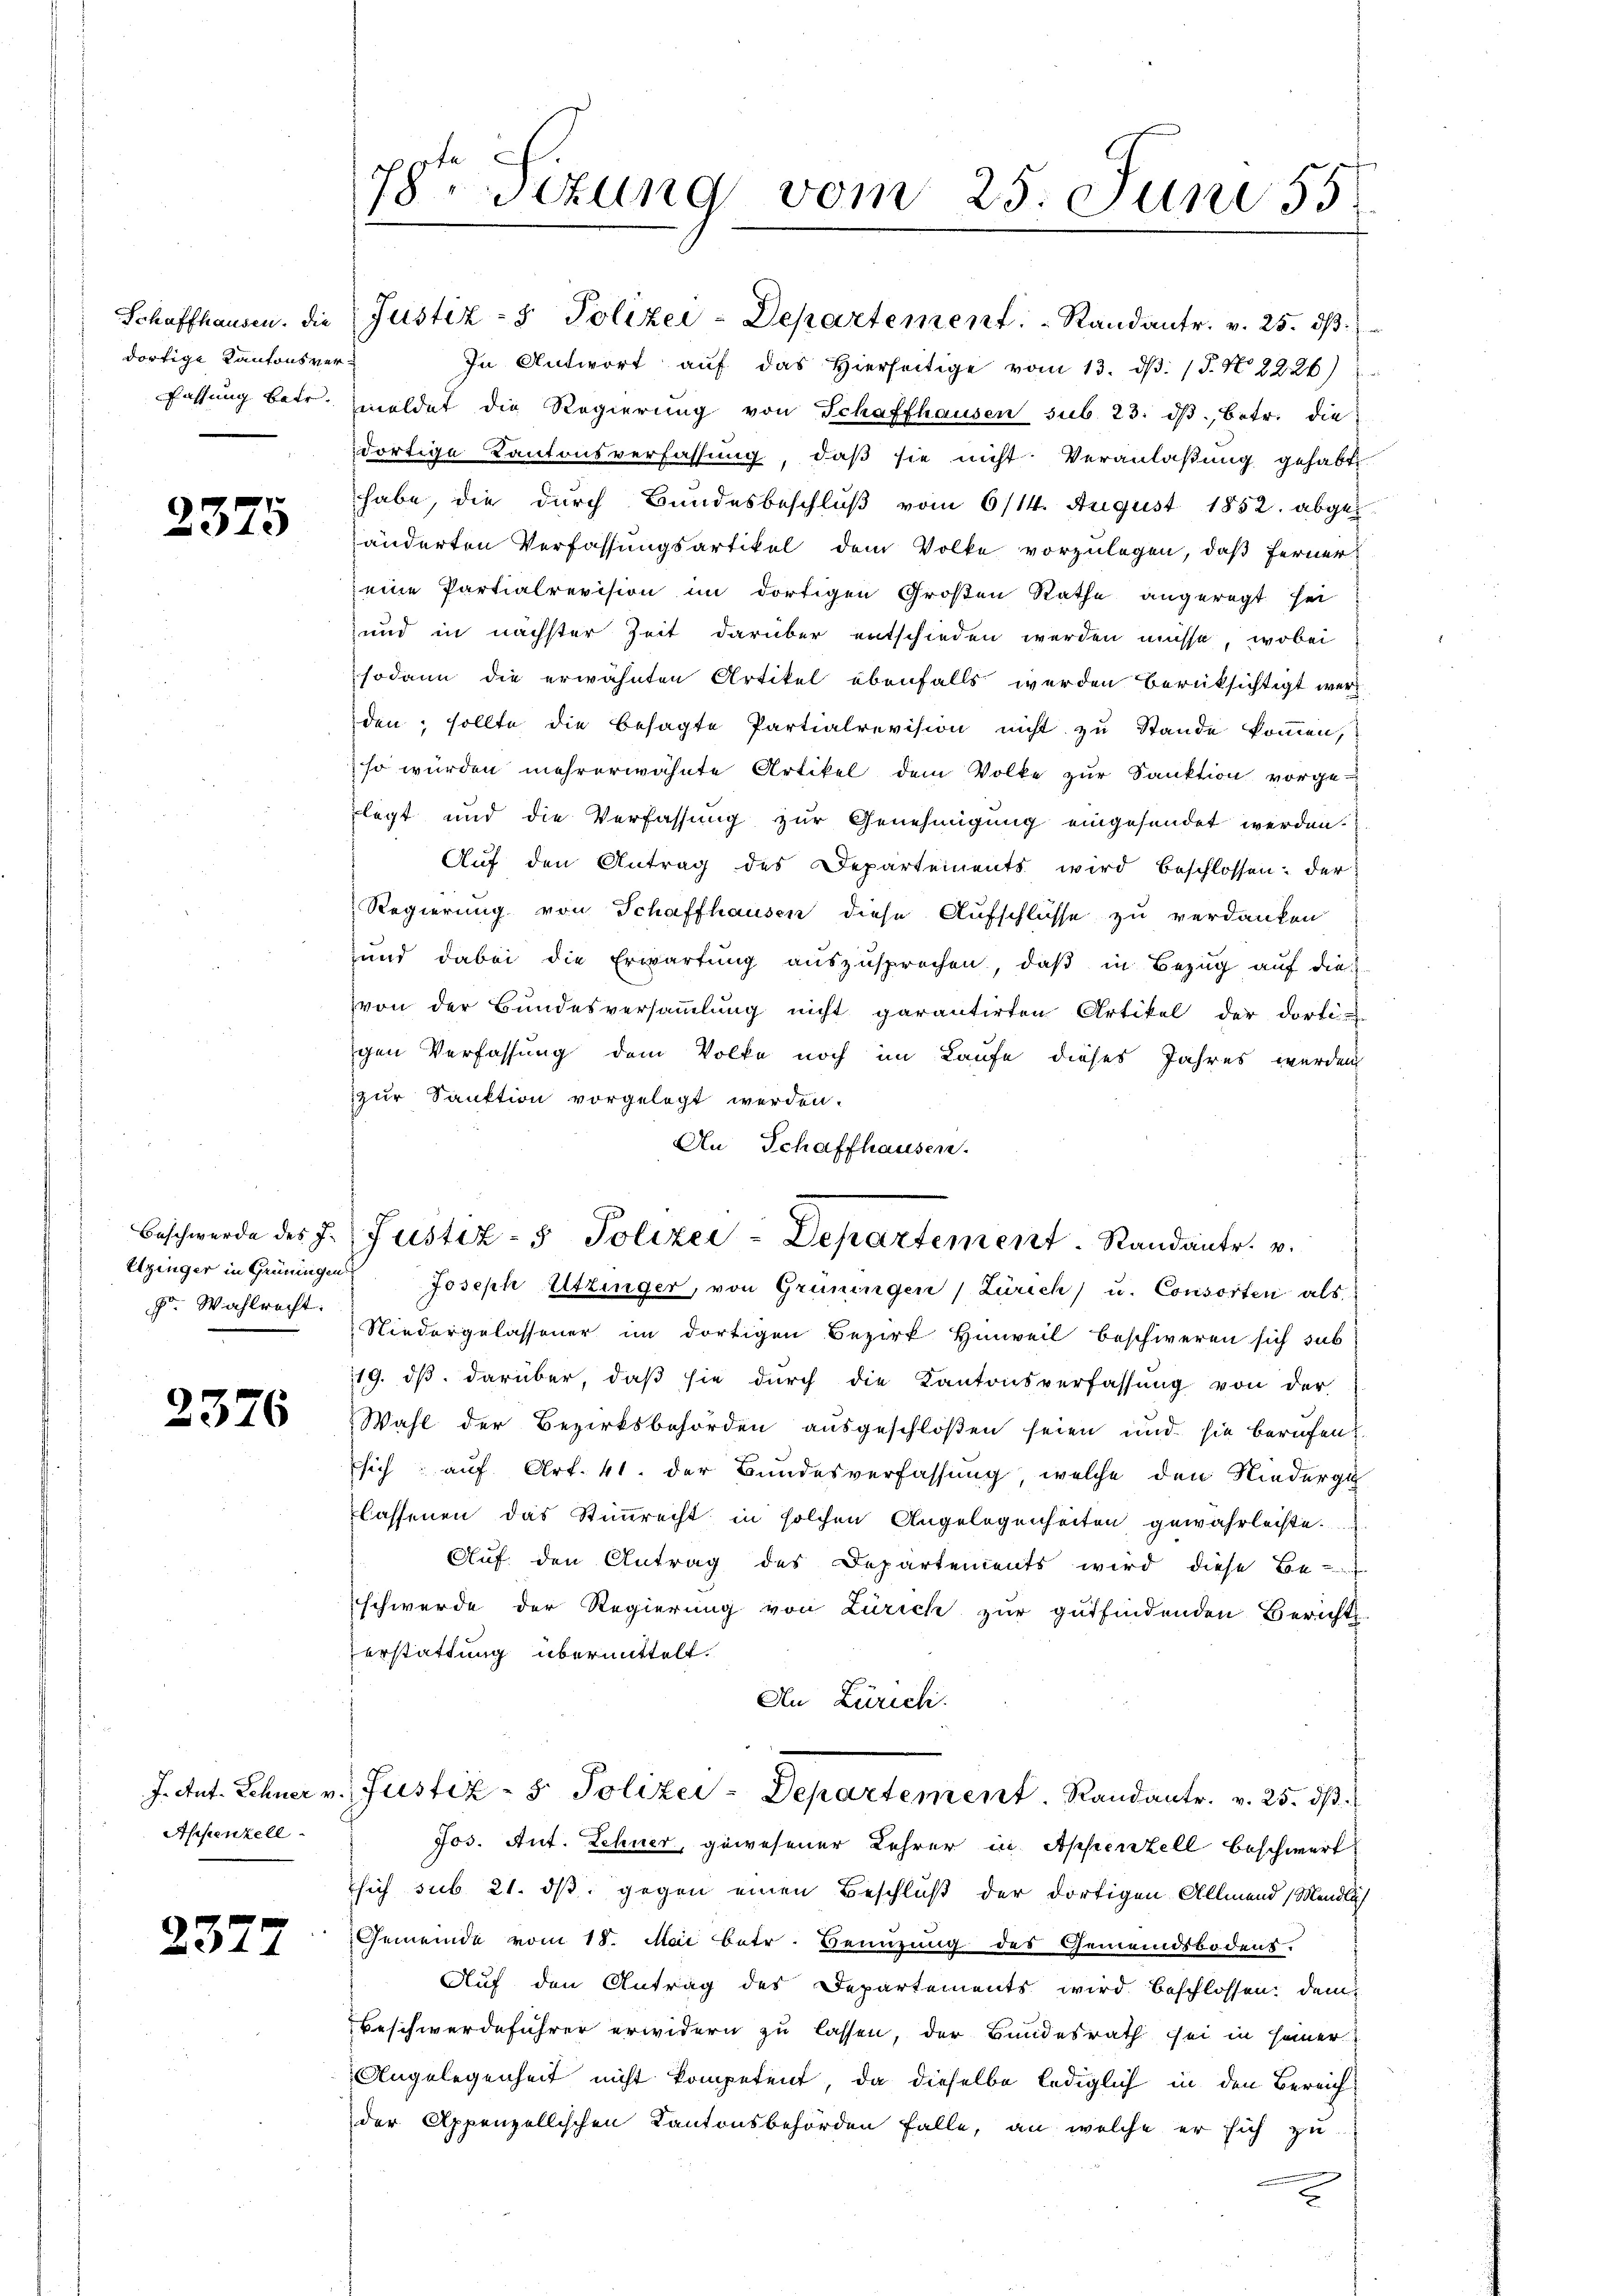
dortige Kantonsver¬

2375

f. Wahlrecht.

2376

Appenzell

2377

78ten Sizung vom 25. Juni 55.

Schaffhausen. Die Justiz- & Polizei-Departement.  Randantr. v. 25. dβ.
In Antwort aŭf das hierseitige vom 13. dβ. (T. N 2226)
fassung betr. meldet die Regierŭng von Schaffhausen sub. 23. dβ, betr. die
dortige Kantonsverfassung, daß sie nicht Veranlaßung gehabte
habe, die durch Bundesbeschluß vom 6/14. August 1852. abgeänderten Verfassungsartikel dem Volke vorzulegen, daß ferner
eine Partialrevision im dortigen Großen Rathe angeregt sei
und in nächster Zeit darüber entschieden werden müsse, wobei
sodann die erwähnten Artikel ebenfalls werden Berüksichtigt werden; sollte die besagte Partialrevision nicht zu Stande kommen,
so würden mehrerwähnte Artikel dem Volke zur Sanktion vorge-
legt und die Verfassung zur Genehmigung eingesendet werden.
Auf den Antrag des Departements wird beschlossen: der
Regierung von Schaffhausen diese Aufschlüsse zu verdanken
and dabei die Erwartung auszusprechen, daß in Bezug auf die
von der Bundesversammlung nicht garantirten Artikel der dorti-
gen Verfassung dem Volke noch im Laufe dieses Jahres werden
zur Sanktion vorgelegt werden.
An Schaffhausen.
Elginger in Grüningen Joseph Utzinger, von Grüningen Zürich) u. Consorten als
Niedergelassener im dortigen Bezirk Hinweil beschweren sich sub
119. dβ darüber, daß sie durch die Kantonsverfassung von der
Wahl der Bezirksbehörden ausgeschloßen seien und sie berufen?
sich auf Art. 41. der Bundesverfassung, welche den Niederge
lassenen das Stimmrecht in solchen Angelegenheiten gewährleiste.
Auf den Antrag des Departements wird diese Be-
schwerde der Regierung von Zürich zur gutfindenden Berichts-
erstattung übermittelt.
An Zürich.
J. tut. Schner v. Justiz- & Polizei-Departement. Randantr. v. 25. ds.
Jos. Ant. Schner, gewesener Lehrer in Appenzell beschwert
sich sub 21. ds gegen einen Beschluß der dortigen Allmend, Mendlich
Gemeinde vom 18. Mai betr. Benuzung des Gemeindsbodens.
Auf den Antrag des Departements wird beschlossen; dem
Beschwerdeführer erwidern zu lassen, der Bundesrath sei in seiner
Angelegenheit nicht kompetent, da dieselbe lediglich in den Bereichder Appenzellischen Kantonsbehörden falle, an welche er sich zu
2

Beschwerde des J. Justiz- & Polizei-Departement  .  Randantr. v.